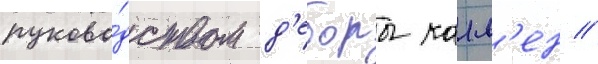
руково́дством д'еборы калл'ен //